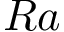
R a